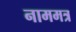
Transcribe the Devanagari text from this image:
नाममत्र